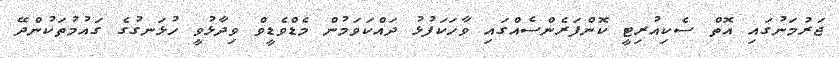
ޖަރުމަނުގައި އޮތް ސެކިއުރިޓީ ކޮންފަރެންސެއްގައި ވާހަކަފުޅު ދައްކަވަމުން މެޑްވެޑީވް ވިދާޅުވީ ހުޅަނގުގެ ގައުމުތަކުންދޭ